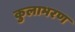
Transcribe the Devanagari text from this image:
कुलाभरण